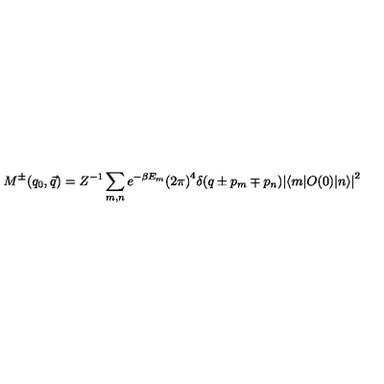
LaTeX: M ^ { \pm } ( q _ { 0 } , \vec { q } ) = Z ^ { - 1 } \sum _ { m , n } e ^ { - \beta E _ { m } } { ( 2 \pi ) } ^ { 4 } \delta ( q \pm p _ { m } \mp p _ { n } ) { | \langle m | O ( 0 ) | n \rangle | } ^ { 2 }